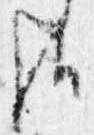
哉